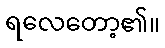
ရလေတော့၏။